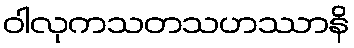
ဝါလုကသတသဟဿာနိ